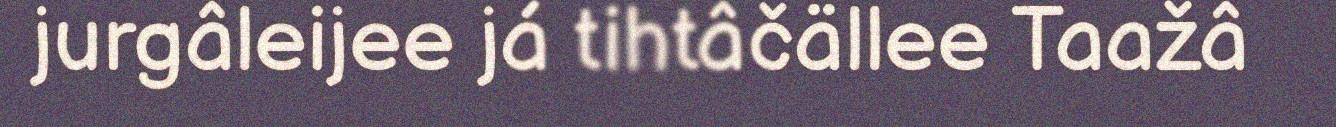
jurgâleijee já tihtâčällee Taažâ